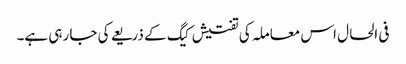
فی الحال اس معاملہ کی تفتیش کیگ کے ذریعے کی جا رہی ہے۔